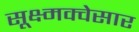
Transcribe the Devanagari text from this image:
सूक्ष्मक्वेसार